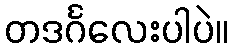
တဒင်္ဂလေးပါပဲ။